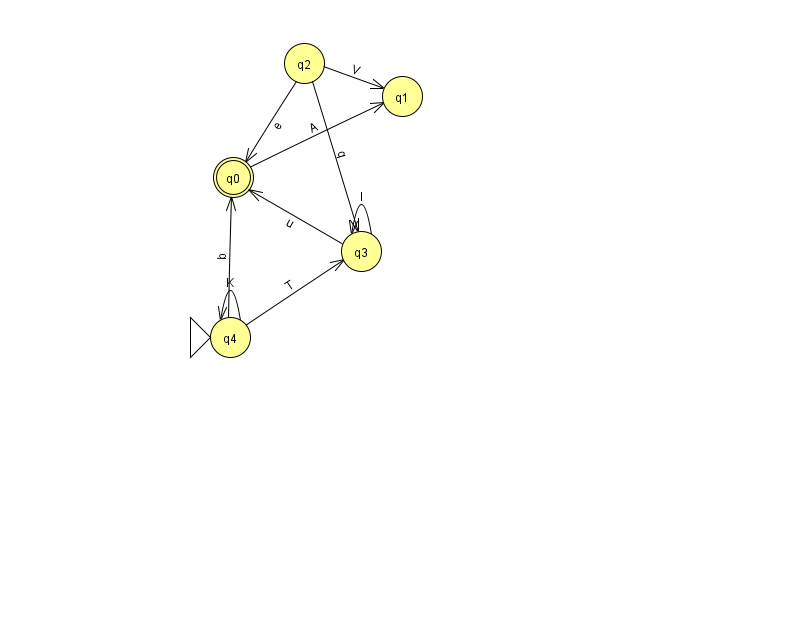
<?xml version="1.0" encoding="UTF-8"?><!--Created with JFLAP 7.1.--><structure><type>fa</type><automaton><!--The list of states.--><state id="0" name="q0"><x>233.0</x><y>164.0</y><final/></state><state id="1" name="q1"><x>402.0</x><y>83.0</y></state><state id="2" name="q2"><x>304.0</x><y>50.0</y></state><state id="3" name="q3"><x>361.0</x><y>238.0</y></state><state id="4" name="q4"><x>230.0</x><y>324.0</y><initial/></state><!--The list of transitions.--><transition><from>0</from><to>1</to><read>A</read></transition><transition><from>3</from><to>0</to><read>u</read></transition><transition><from>4</from><to>0</to><read>b</read></transition><transition><from>2</from><to>1</to><read>V</read></transition><transition><from>3</from><to>3</to><read>I</read></transition><transition><from>2</from><to>3</to><read>q</read></transition><transition><from>2</from><to>0</to><read>e</read></transition><transition><from>4</from><to>3</to><read>T</read></transition><transition><from>4</from><to>4</to><read>K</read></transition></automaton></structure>